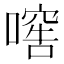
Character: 𱔫